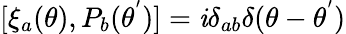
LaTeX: [{\xi}_{a}(\theta),P_{b}({\theta}^{'})]=\mathit{i}{\delta}_{ab}{\delta}(\theta-{\theta}^{'})